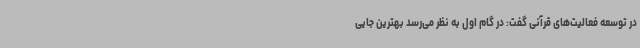
در توسعه فعالیت‌های قرآنی گفت: در گام اول به نظر می‌رسد بهترین جایی